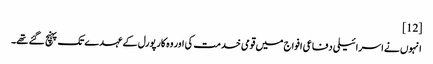
[12]
انہوں نے اسرائیلی دفاعی افواج میں قومی خدمت کی اور وہ کارپورل کے عہدے تک پہنچ گئے تھے۔